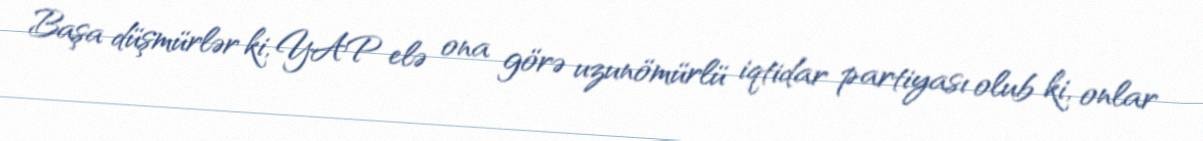
Başa düşmürlər ki, YAP elə ona görə uzunömürlü iqtidar partiyası olub ki, onlar